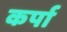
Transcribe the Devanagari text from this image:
कर्पा